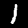
Digit: 1